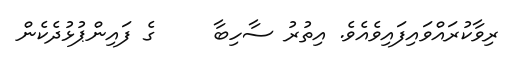
ރިވާކުރައްވައިފައިވެއެވެ. އިތުރު ސާހިބާ     ގެ ފައިންޕުޅުދެކެން